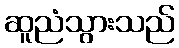
ဆူညံသွားသည်